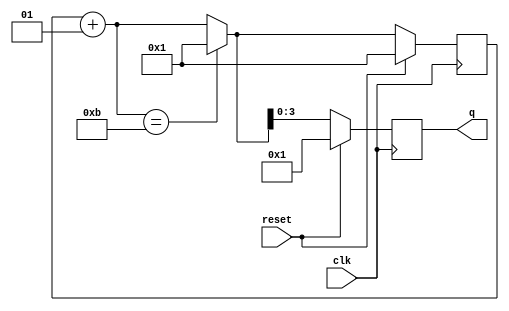
module top_module (
    input clk,
    input reset,        // Synchronous active-high reset
    output [3:0] q);

    integer count = 4'd1;
    always@(posedge clk)begin
        if(reset) begin
        	count = 4'd1;
            q=count;
        end 
        else begin
        	count=count+1;
            if(count==11) begin
            	count = 4'b1;
            end
            q=count;
        end
    end
endmodule